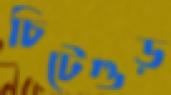
চিটেগুড়